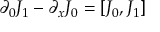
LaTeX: \partial _ { 0 } J _ { 1 } - \partial _ { x } J _ { 0 } = [ J _ { 0 } , J _ { 1 } ]